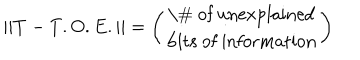
| | T - T . O . E . | | = \left( \begin{array} { c } { { \mathrm { \# ~ o f ~ u n e x p l a i n e d } } } \\ { { \mathrm { b i t s ~ o f ~ i n f o r m a t i o n } } } \\ \end{array} \right)